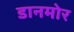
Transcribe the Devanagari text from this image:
डानमोर